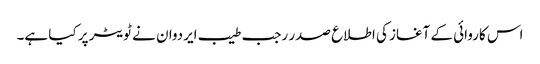
اس کاروائی کے آغاز کی اطلاع صدر رجب طیب ایردوان نے ٹویٹر پر کیا ہے۔